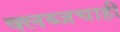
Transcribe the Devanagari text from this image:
क्लब्जचाही